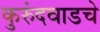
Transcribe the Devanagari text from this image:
कुरुंदवाडचे